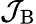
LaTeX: \mathcal{J}_{\mathrm{B}}